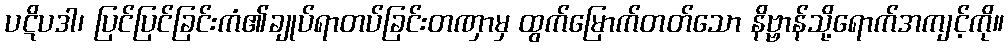
ပဋိပဒါ၊ ပြင်ပြင်ခြင်းကံ၏ချုပ်ရာတပ်ခြင်းတဏှာမှ ထွက်မြောက်တတ်သော နိဗ္ဗာန်သို့ရောက်အကျင့်ကို။